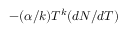
- ( \alpha / k ) T ^ { k } ( d { \cal N } / d T )